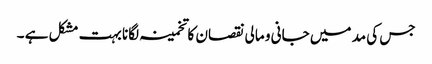
جس کی مد میں جانی و مالی نقصان کا تخمینہ لگانا بہت مشکل ہے ۔